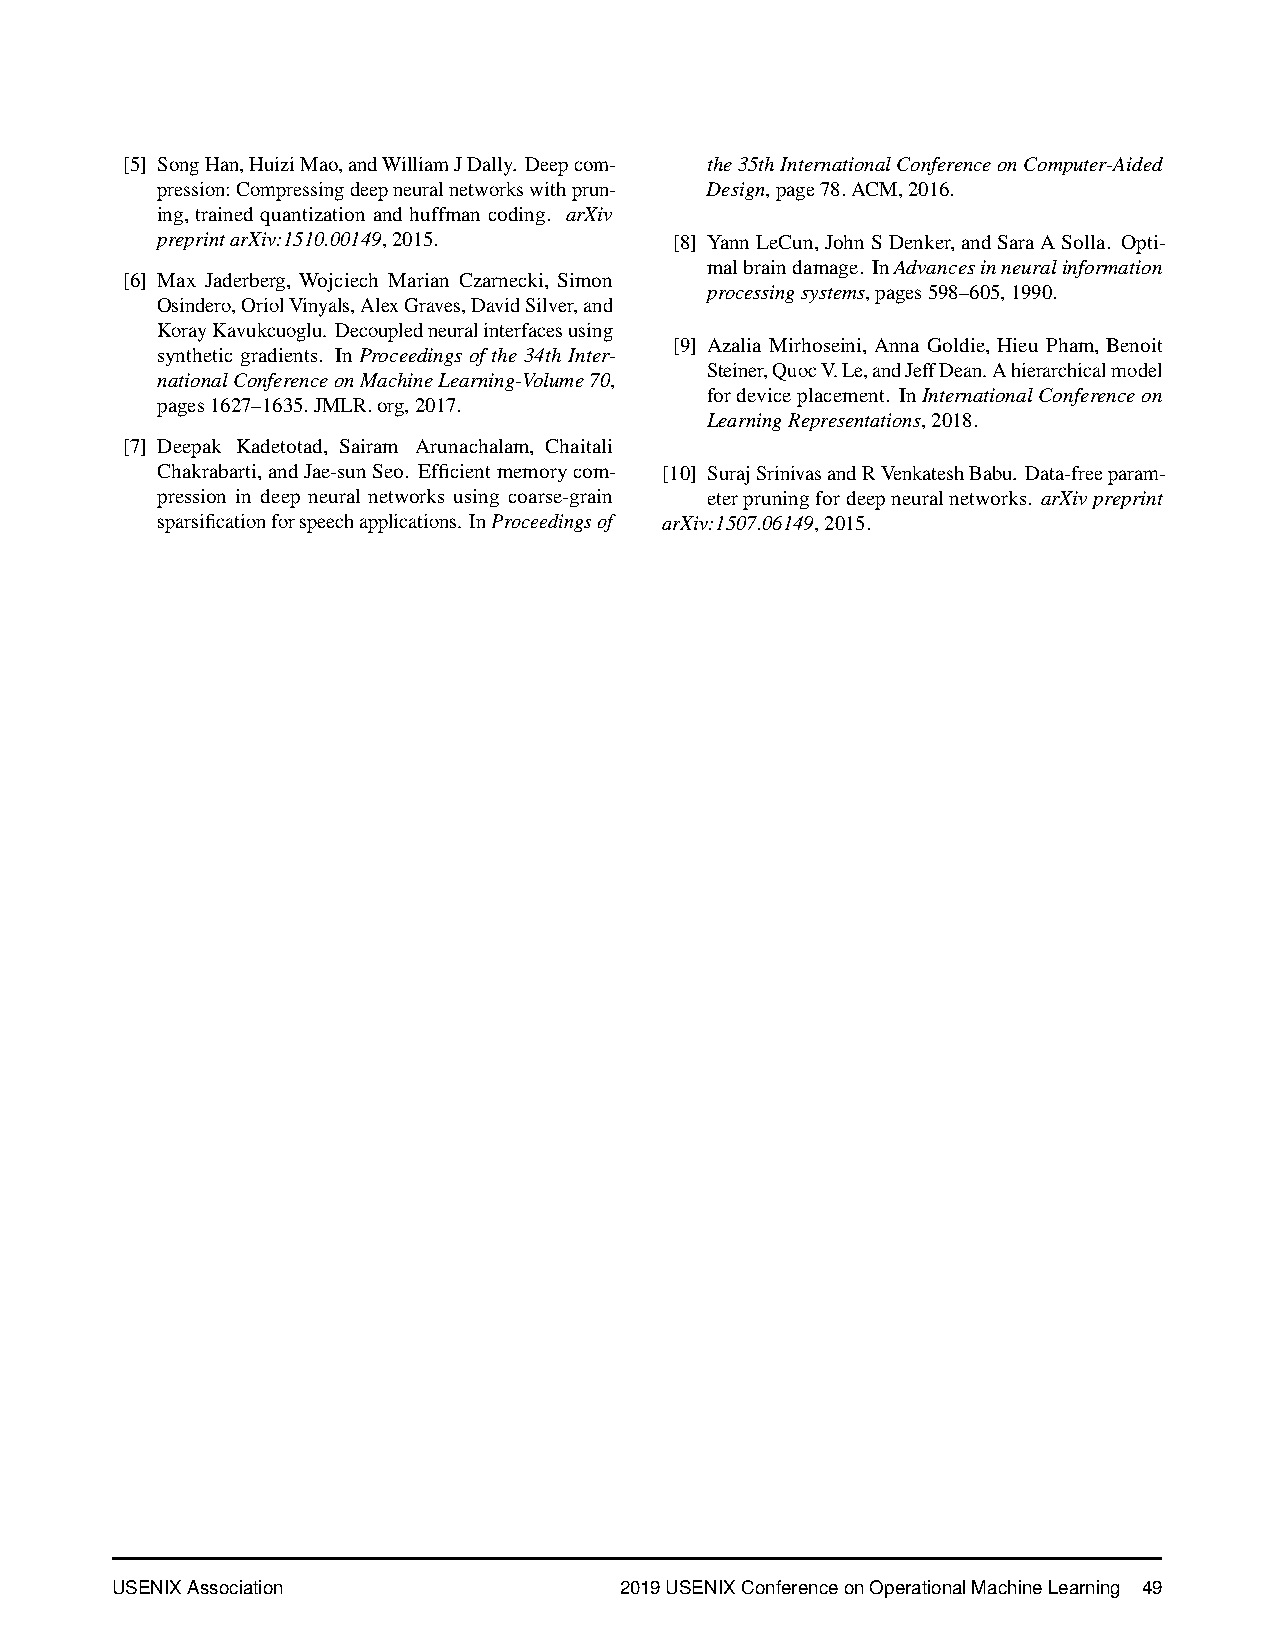
[5] SongHan,HuiziMao,andWilliamJDally. Deepcom- the35thInternationalConferenceonComputer-Aided
 pression:Compressingdeepneuralnetworkswithprun- Design,page78.ACM,2016.
 ing,trained quantization and huffman coding. arXiv
 preprintarXiv:1510.00149,2015.     [8] YannLeCun,JohnSDenker,andSaraASolla. Opti-
 malbraindamage. InAdvancesinneuralinformation
 [6] Max Jaderberg, Wojciech Marian Czarnecki, Simon
 processingsystems,pages598–605,1990.
 Osindero,OriolVinyals,AlexGraves,DavidSilver,and
 KorayKavukcuoglu. Decoupledneuralinterfacesusing
 [9] Azalia Mirhoseini, Anna Goldie, Hieu Pham, Benoit
 syntheticgradients. In Proceedings ofthe 34thInter-
 Steiner,QuocV.Le,andJeffDean.Ahierarchicalmodel
 nationalConferenceonMachineLearning-Volume70,
 fordeviceplacement. InInternationalConferenceon
 pages1627–1635.JMLR.org,2017.
 LearningRepresentations,2018.
 [7] Deepak Kadetotad, Sairam Arunachalam, Chaitali
 Chakrabarti,andJae-sunSeo. Efficientmemorycom- [10] SurajSrinivasandRVenkateshBabu. Data-freeparam-
 pression in deep neural networks using coarse-grain eterpruningfordeepneuralnetworks. arXivpreprint
 sparsificationforspeechapplications. InProceedingsof arXiv:1507.06149,2015.
 USENIX Association                2019 USENIX Conference on Operational Machine Learning 49